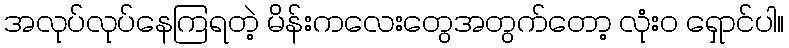
အလုပ်လုပ်နေကြရတဲ့ မိန်းကလေးတွေအတွက်တော့ လုံးဝ ရှောင်ပါ။